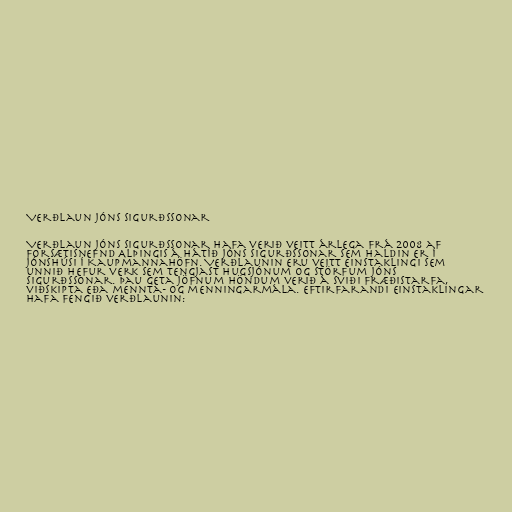
Verðlaun Jóns Sigurðssonar

Verðlaun Jóns Sigurðssonar hafa verið veitt árlega frá 2008 af
Forsætisnefnd Alþingis á Hátíð Jóns Sigurðssonar sem haldin er í
Jónshúsi í Kaupmannahöfn. Verðlaunin eru veitt einstaklingi sem
unnið hefur verk sem tengjast hugsjónum og störfum Jóns
Sigurðssonar. Þau geta jöfnum höndum verið á sviði fræðistarfa,
viðskipta eða mennta- og menningarmála. Eftirfarandi einstaklingar
hafa fengið verðlaunin: